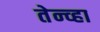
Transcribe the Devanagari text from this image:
तेन्व्हा